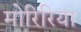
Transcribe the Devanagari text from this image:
मोरिरिया